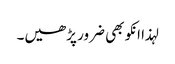
لہذا انکو بھی ضرور پڑھیں۔